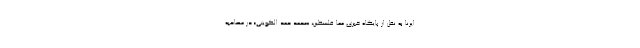
ایرنا به نقل از پایگاه خبری معا فلسطین، «محمد حمد الکویتی» در مصاحبه